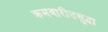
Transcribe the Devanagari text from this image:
क्रमवारीतसुद्धा